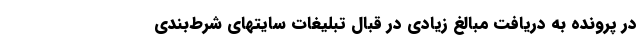
در پرونده به دریافت مبالغ زیادی در قبال تبلیغات سایتهای شرط‌بندی